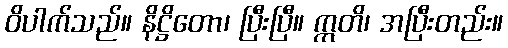
ဝိပါက်သည်။ နိဋ္ဌိတော၊ ပြီးပြီ။ ဣတိ၊ အပြီးတည်း။